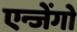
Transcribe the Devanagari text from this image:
एन्जेंगो